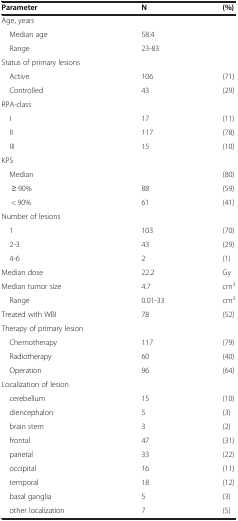
<table><thead><tr><td><b>Parameter</b></td><td><b>N</b></td><td><b>(%)</b></td></tr></thead><tbody><tr><td>Age, years</td><td> </td><td> </td></tr><tr><td> Median age</td><td>58.4</td><td> </td></tr><tr><td> Range</td><td>23-83</td><td> </td></tr><tr><td>Status of primary lesions</td><td> </td><td> </td></tr><tr><td> Active</td><td>106</td><td>(71)</td></tr><tr><td> Controlled</td><td>43</td><td>(29)</td></tr><tr><td>RPA-class</td><td> </td><td> </td></tr><tr><td> I</td><td>17</td><td>(11)</td></tr><tr><td> II</td><td>117</td><td>(78)</td></tr><tr><td> III</td><td>15</td><td>(10)</td></tr><tr><td>KPS</td><td> </td><td> </td></tr><tr><td> Median</td><td> </td><td>(80)</td></tr><tr><td>≥ 90%</td><td>88</td><td>(59)</td></tr><tr><td>&lt; 90%</td><td>61</td><td>(41)</td></tr><tr><td>Number of lesions</td><td> </td><td> </td></tr><tr><td> 1</td><td>103</td><td>(70)</td></tr><tr><td> 2-3</td><td>43</td><td>(29)</td></tr><tr><td> 4-6</td><td>2</td><td>(1)</td></tr><tr><td>Median dose</td><td>22.2</td><td>Gy</td></tr><tr><td>Median tumor size</td><td>4.7</td><td>cm<sup>3</sup></td></tr><tr><td> Range</td><td>0.01-33</td><td>cm<sup>3</sup></td></tr><tr><td>Treated with WBI</td><td>78</td><td>(52)</td></tr><tr><td>Therapy of primary lesion</td><td> </td><td> </td></tr><tr><td> Chemotherapy</td><td>117</td><td>(79)</td></tr><tr><td> Radiotherapy</td><td>60</td><td>(40)</td></tr><tr><td> Operation</td><td>96</td><td>(64)</td></tr><tr><td>Localization of lesion</td><td> </td><td> </td></tr><tr><td> cerebellum</td><td>15</td><td>(10)</td></tr><tr><td> diencephalon</td><td>5</td><td>(3)</td></tr><tr><td> brain stem</td><td>3</td><td>(2)</td></tr><tr><td> frontal</td><td>47</td><td>(31)</td></tr><tr><td> parietal</td><td>33</td><td>(22)</td></tr><tr><td> occipital</td><td>16</td><td>(11)</td></tr><tr><td> temporal</td><td>18</td><td>(12)</td></tr><tr><td> basal ganglia</td><td>5</td><td>(3)</td></tr><tr><td> other localization</td><td>7</td><td>(5)</td></tr></tbody></table>